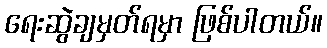
ရေးဆွဲချမှတ်ရမှာ ဖြစ်ပါတယ်။